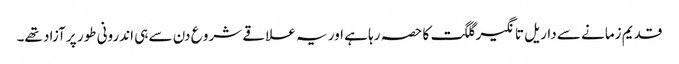
قدیم زمانے سے داریل تانگیر گلگت کا حصہ رہا ہے اور یہ علاقے شرو ع دن سے ہی اندرونی طور پر آزاد تھے۔